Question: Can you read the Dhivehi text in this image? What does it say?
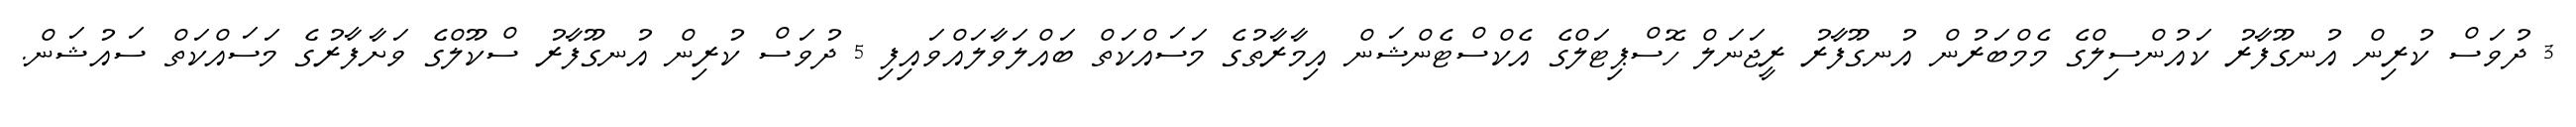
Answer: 3 ދުވަސް ކުރިން އުނގޫފާރު ކައުންސިލްގެ މެމްބަރުން އުނގޫފާރު ރީޖަނަލް ހޮސްޕިޓަލްގެ އެކްސްޓެންޝަން އިމާރާތުގެ މަސައްކަތް ބައްލަވާލައްވައިފި 5 ދުވަސް ކުރިން އުނގޫފާރު ސްކޫލްގެ ވަށާފާރުގެ މަސައްކަތް ސައުޝަން.